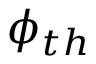
\phi _ { t h }